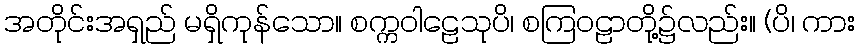
အတိုင်းအရှည် မရှိကုန်သော။ စက္ကဝါဠေသုပိ၊ စကြဝဠာတို့၌လည်း။ (ပိ၊ ကား